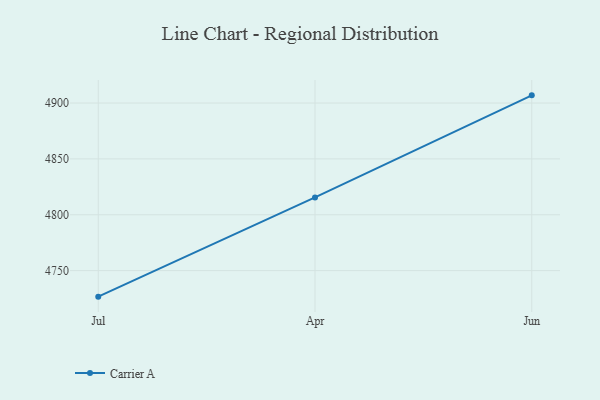
{"axis": {"x": "Month", "y": "Demand Index"}, "legend": ["Carrier A"], "data": [{"x": "Jul", "y": 4726.7, "type": "Carrier A"}, {"x": "Apr", "y": 4815.5, "type": "Carrier A"}, {"x": "Jun", "y": 4906.9, "type": "Carrier A"}]}